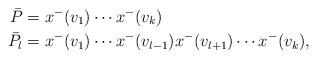
LaTeX: \begin{align*}\bar P&=x^-(v_1)\cdots x^-(v_k) \\\bar P_l&=x^-(v_{1})\cdots x^-(v_{l-1})x^-(v_{l+1})\cdots x^-(v_k),\end{align*}